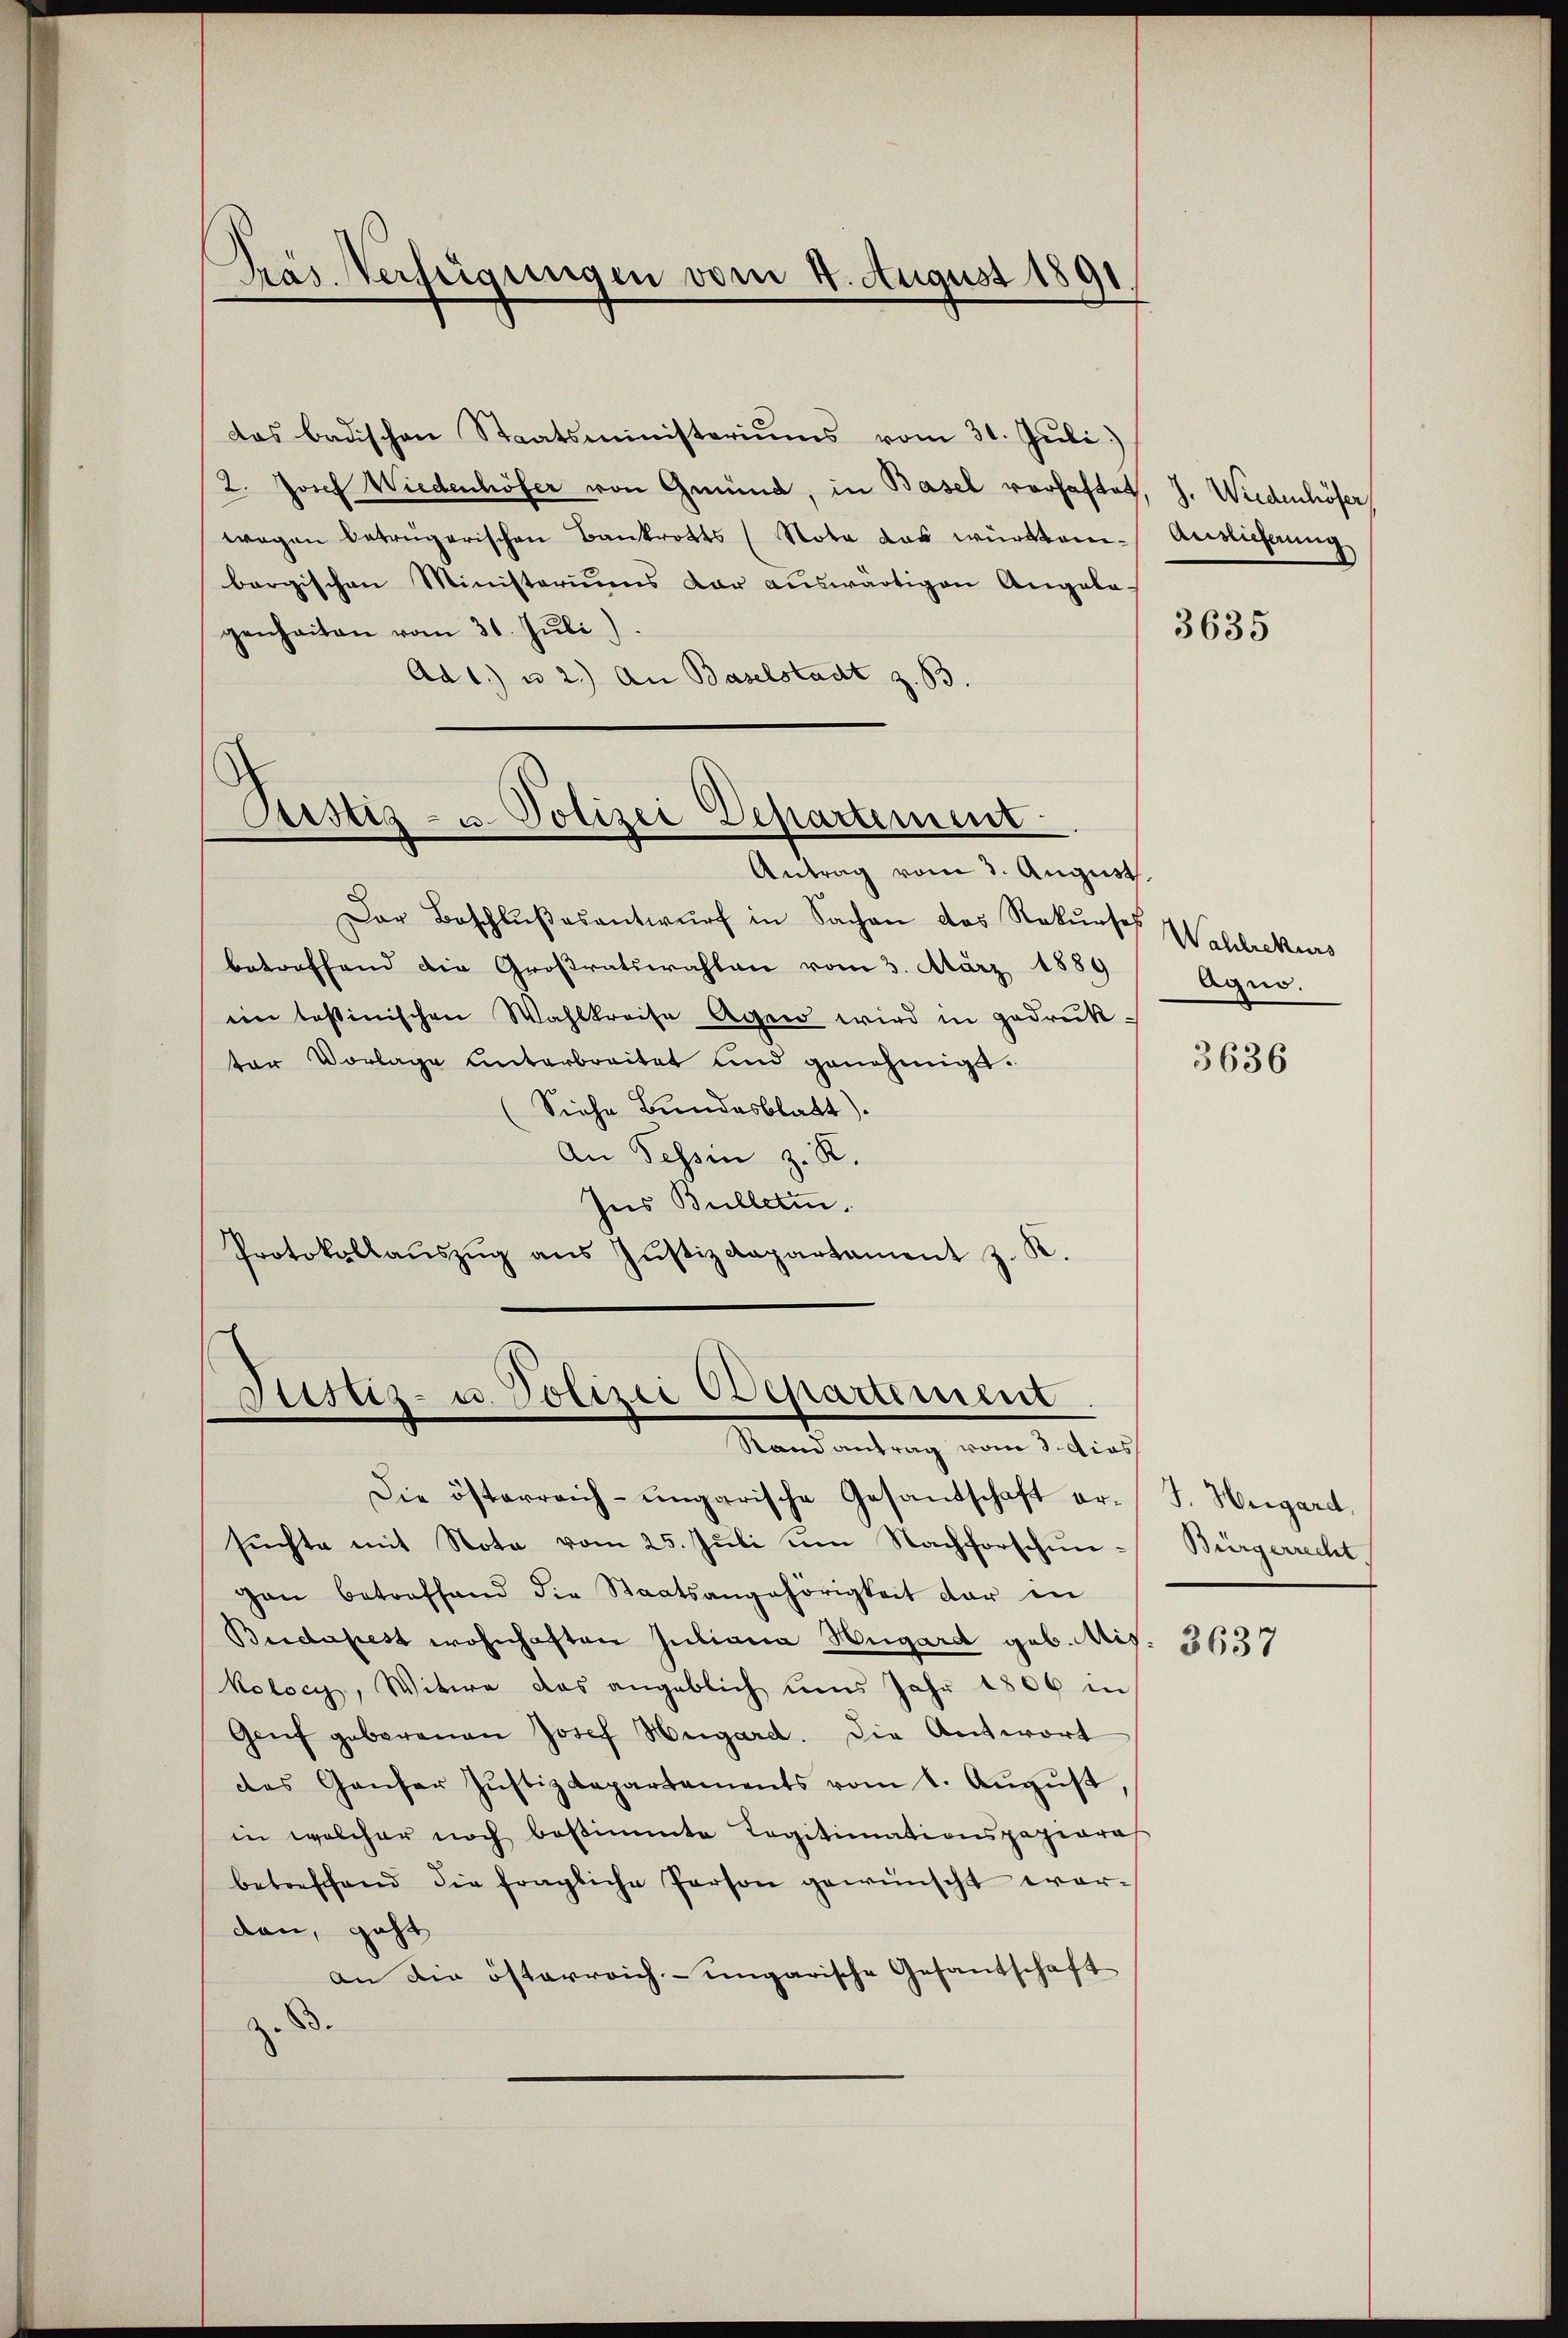
Präs. Verfügungen vom 4. August 1891.

das badischen Staatsministeriums vom 31. Juli)
2. Josef Wiedenhöfer von Gmünd, in Basel vorhaftet, J. Wiedenhöfer,
wagen betrügerischen Bankrotts (Nota das württem Auslieferung
bergischen Ministeriums dar auswärtigen Angela-
genheiten vom 31. Juli)
Ad 1. u 2.) An Baselstadt z. B.

d
Cerstiz- u. Polizei Departement

Antrag vom 3. August.
Der Beschlŭβesentwŭrf in Sachen das Rekurses Wahlrekurs
betreffend die Großratswahlen vom 3. März 1889
ein tessinischen Wahlkreise Agen wird in gedruck-
ter Vorlage unterbreitet und genehmigt:
Siehe Bundesblatt).
An Tessin z. R.
Ins Bulleten.
Protokollaŭszŭg ans Jŭstizdepartament z. K.

Sistiz- u. Polizei Cepartement
Randantrag vom 3. dies

Die österreich-ungarische Gesandschaft er- J. Hegard,
sŭchte mit Nota vom 25. Juli um Nachforschun- Bürgerrecht
gan betreffend die Staatsangehörigkeit der in
Budapest wohnhaften Juliana Hugard geb. Mis. 3134
kolocy, Witwe das angeblich uns Jahr 1806 in
Genf geborenen Josef Hegard. Die Antwort
des Ganfer Justizdepartaments vom 1. Aŭgŭst,
in welcher noch bestimmte Legitimationspapiaras
betreffend die fragliche Person gewünscht worden, geht
an die österreich-ungarische Gesantschaft
z. B.

3635

Agno.

3636